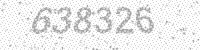
Solution: 638326